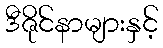
ဒီဇိုင်နာများနှင့်